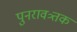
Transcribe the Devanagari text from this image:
पुनरावत्र्तक